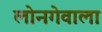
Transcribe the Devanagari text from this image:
लोनगेवाला